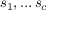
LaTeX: s _ { 1 } , \ldots s _ { c }